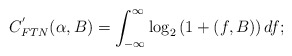
\begin{align*}C^{'}_{FTN}(\alpha,B) = \int_{-\infty}^{\infty}\log_{2} \left( 1 + (f,B) \right) df;\end{align*}